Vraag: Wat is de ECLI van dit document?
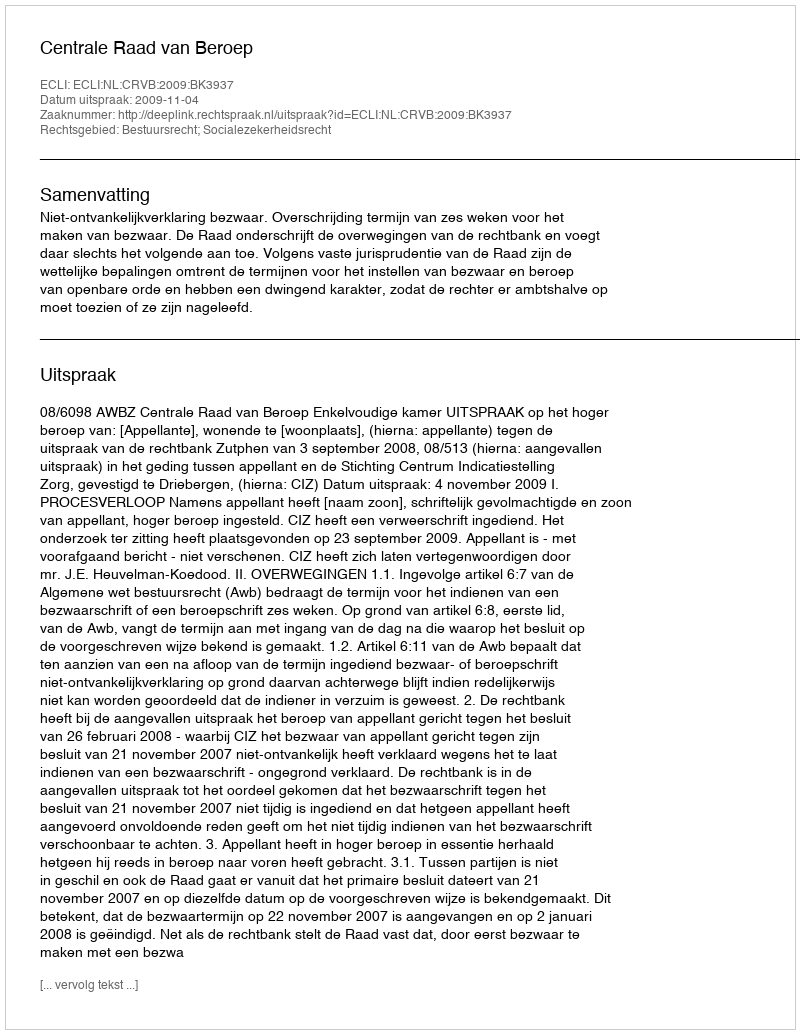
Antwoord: ECLI:NL:CRVB:2009:BK3937